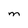
Character: M